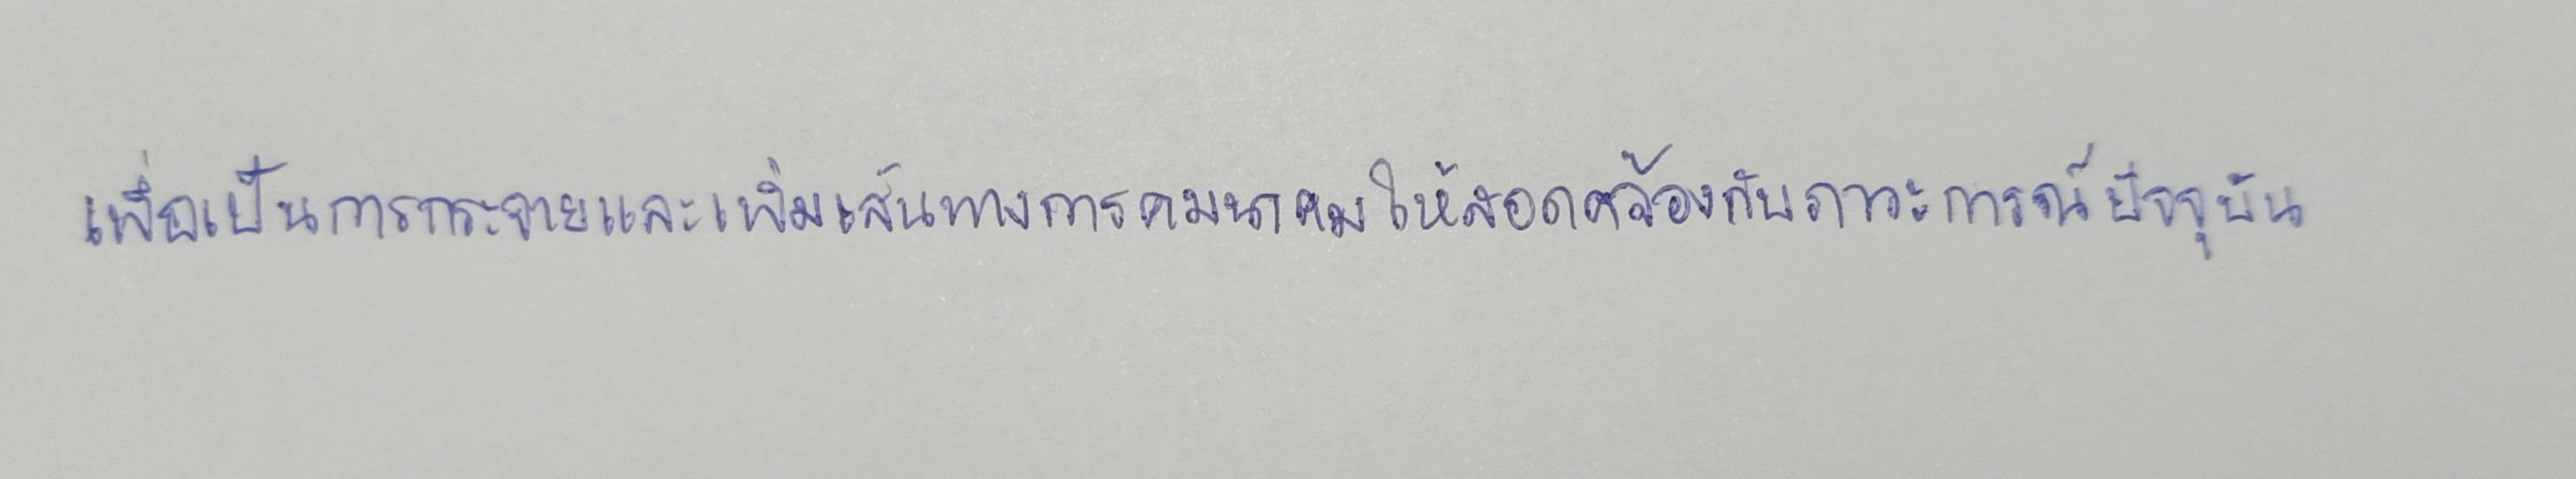
เพื่อเป็นการกระจายและเพิ่มเส้นทางการคมนาคมให้สอดคล้องกับภาวะการณ์ปัจจุบัน